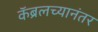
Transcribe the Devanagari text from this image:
कॅब्रलच्यानंतर